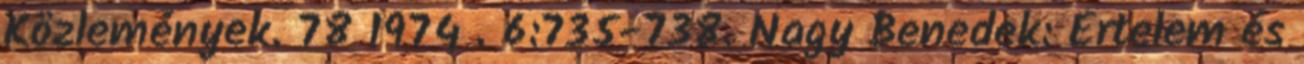
Közlemények. 78 1974 . 6:735-738. Nagy Benedek: Értelem és